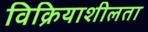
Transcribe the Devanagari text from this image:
विक्रियाशीलता